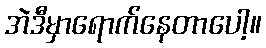
အဲဒီမှာရောက်နေတာပေါ့။